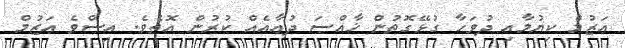
ޢަޒުމް ކިޔުމާއި ދުވަހާ ގުޅޭގޮތުން ޚާއްޞަ ދުޢާއެއް ކުރުން އޮތެވެ. އިސްވެ ޢަޒުމް